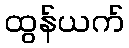
ထွန်ယက်